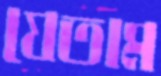
যেতাম